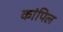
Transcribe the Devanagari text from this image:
कांपिल